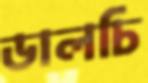
ডালচি